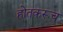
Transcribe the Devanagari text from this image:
होतकरूच